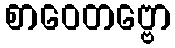
စာဝေတဗ္ဗော